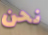
نحن